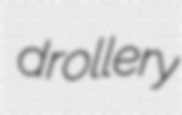
drollery